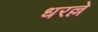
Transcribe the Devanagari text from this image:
धरल्ले